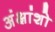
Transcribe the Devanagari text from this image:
अंक्षांशो